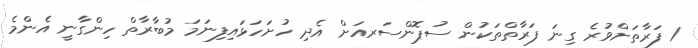
1 ފަރާތަށްވުރެ ގިނަ ފަރާތްތަކުން ސުޕޮންސަރއަށް އެދި ހުށަހަޅައިފިނަމަ މުބާރާތް ހިންގާނީ އެންމެ